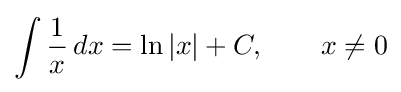
\int {\frac {1}{x}}\,dx=\ln |x|+C,\qquad x\neq 0